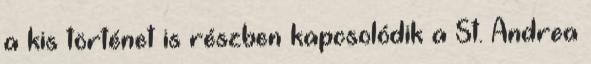
a kis történet is részben kapcsolódik a St. Andrea